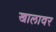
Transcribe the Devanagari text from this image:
खालावर